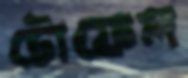
টোফেল